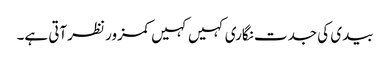
بیدی کی جدت نگاری کہیں کہیں کمزور نظرآتی ہے۔